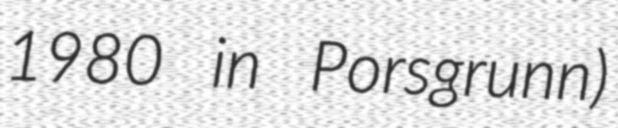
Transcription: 1980 in Porsgrunn)